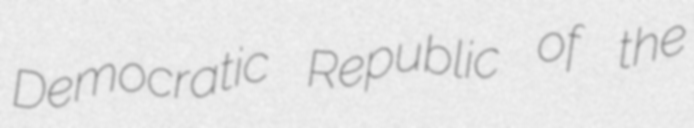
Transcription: Democratic Republic of the